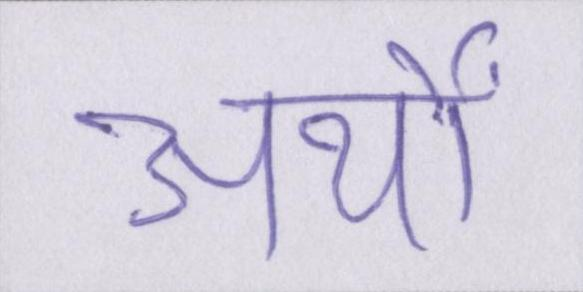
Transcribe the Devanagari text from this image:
अर्थों